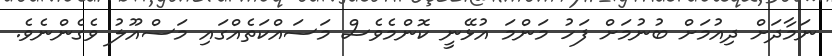
ނަމާދަށް ދިއުމަށް ބުނުމަށް ފަހު މަންމަ އުޅޭނީ ކޮންމެވެސް މަސައްކަތެއްގައި މަސްއޫލު ވެގެންނެވެ.